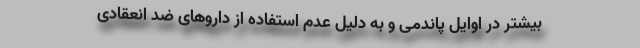
بیشتر در اوایل پاندمی و به دلیل عدم استفاده از داروهای ضد انعقادی